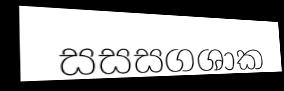
සසසගශාක